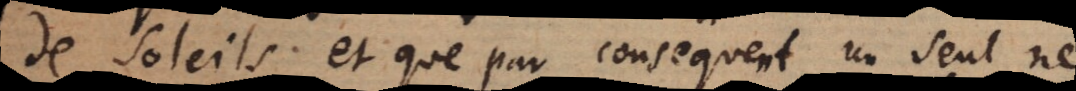
de soleils; et que par consequent un seul ne